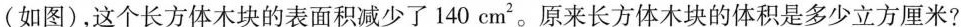
(如图)，这个长方体木块的表面积减少了140cm^{2}。原来长方体木块的体积是多少立方厘米?